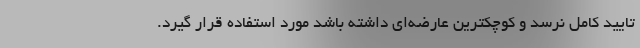
تایید کامل نرسد و کوچکترین عارضه‌ای داشته باشد مورد استفاده قرار گیرد.